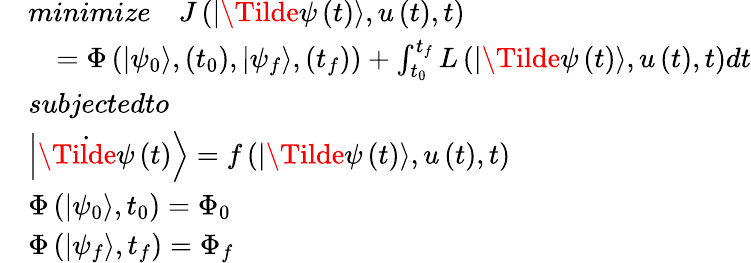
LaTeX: \begin{array}{rl}&{\textit{minimize}\quad J\left(\left|\Tilde{\psi}\left(t\right)\right\rangle,u\left(t\right),t\right)}\\ &{\quad=\Phi\left(\left|{{\psi}_{0}}\right\rangle,\left({{t}_{0}}\right),\left|{{\psi}_{f}}\right\rangle,\left({{t}_{f}}\right)\right)+\int_{{{t}_{0}}}^{{{t}_{f}}}{L\left(\left|\Tilde{\psi}\left(t\right)\right\rangle,u\left(t\right),t\right)}dt}\\ &{\textit{subjectedto}}\\ &{\left|\dot{\Tilde{\psi}}\left(t\right)\right\rangle=f\left(\left|\Tilde{\psi}\left({{t}}\right)\right\rangle,u\left(t\right),t\right)}\\ &{\Phi\left(\left|{{\psi}_{0}}\right\rangle,{{t}_{0}}\right)={{\Phi}_{0}}}\\ &{\Phi\left(\left|{{\psi}_{f}}\right\rangle,{{t}_{f}}\right)={{\Phi}_{f}}}\end{array}